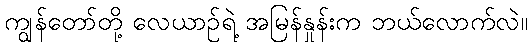
ကျွန်တော်တို့ လေယာဉ်ရဲ့ အမြန်နှုန်းက ဘယ်လောက်လဲ။